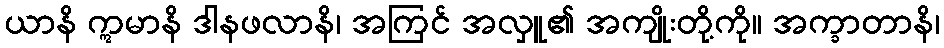
ယာနိ ဣမာနိ ဒါနဖလာနိ၊ အကြင် အလှူ၏ အကျိုးတို့ကို။ အက္ခာတာနိ၊